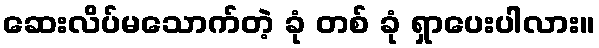
ဆေးလိပ်မသောက်တဲ့ ခုံ တစ် ခုံ ရှာပေးပါလား။